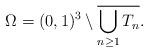
LaTeX: \begin{align*} \Omega=(0,1)^3\setminus \overline{ \bigcup_{n\geq 1} T_n}.\end{align*}